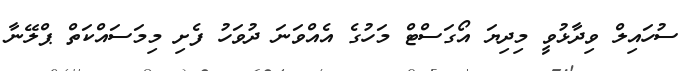
ސުހައިލް ވިދާޅުވީ މިދިޔަ އޯގަސްޓް މަހުގެ އެއްވަނަ ދުވަހު ފެށި މިމަސައްކަތް ޕްލޭނާ